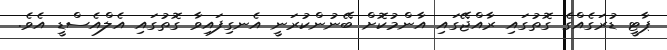
ޕާޓީ ޑުރަގެއްގެ ގޮތުގައި ރާއްޖޭގައި އާންމުކޮށް ބޭނުންކުރަނީ އެނގިފައިވާ ގޮތުގައި އެލްއެސްޑީ އެވެ.